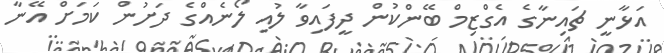
އަޅާނީ ޗައިނާގެ އެގްޒިމް ބޭންކުން ދީފައިވާ ލުއި ލޯނެއްގެ ދަށުން ކަމަށް އޭނާ